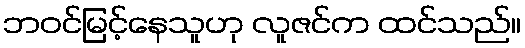
ဘဝင်မြင့်နေသူဟု လူဇင်က ထင်သည်။